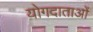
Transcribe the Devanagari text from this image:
योगदाताओं